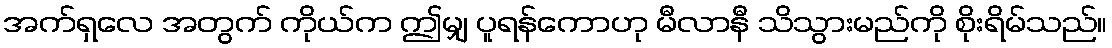
အက်ရှလေ အတွက် ကိုယ်က ဤမျှ ပူရန်ကောဟု မီလာနီ သိသွားမည်ကို စိုးရိမ်သည်။